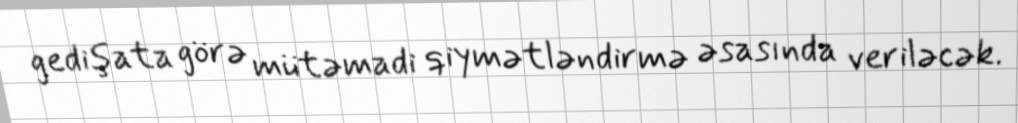
gedişata görə mütəmadi qiymətləndirmə əsasında veriləcək.